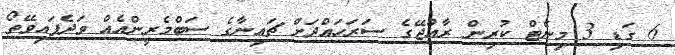
6 ގަޑި 3 މިނެޓް ކުރިން ރާއްޖޭގެ ސަރަހައްދަށް ޗައިނާގެ ސަބްމެރީންއެއް ވަދެފައިވޭތޯ